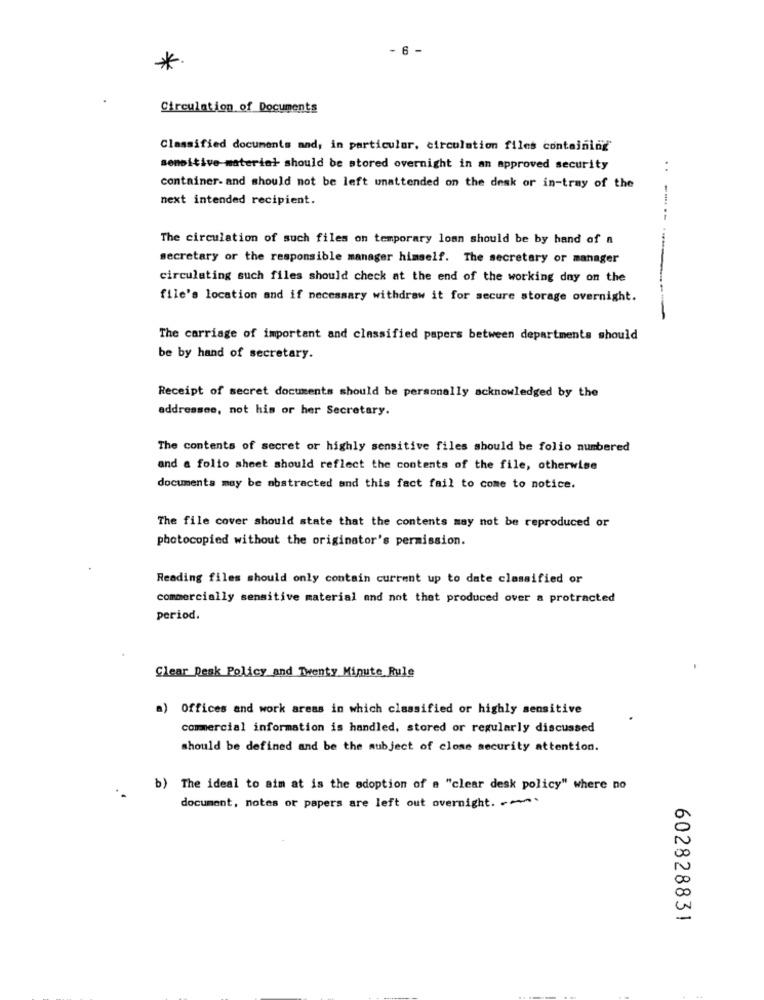
- 6 -
*
Circulation of Documents
Classified documents and, in particular, circulation files containing
sensitive-material should be stored overnight in an approved security
. .
container- and should not be left unattended on the desk or in-tray of the
next intended recipient.
--
The circulation of such files on temporary loan should be by hand of a
secretary or the responsible manager himself. The secretary or manager
circulating such files should check at the end of the working day on the
file's location and if necessary withdraw it for secure storage overnight.
The carriage of important and classified papers between departments should
be by hand of secretary.
Receipt of secret documents should be personally acknowledged by the
addressee, not his or her Secretary.
The contents of secret or highly sensitive files should be folio numbered
and a folio sheet should reflect the contents of the file, otherwise
documents may be abstracted and this fact fail to come to notice.
The file cover should state that the contents may not be reproduced or
photocopied without the originator's permission.
Reading files should only contain current up to date classified or
commercially sensitive material and not that produced over a protracted
period.
Clear Reak Policy and Twenty Minute Rule
a)
Offices and work areas in which classified or highly sensitive
commercial information is handled, stored or regularly discussed
should be defined and be the subject of close security attention.
b) The ideal to aim at is the adoption of a "clear desk policy" where no
document, notes or papers are left out overnight. ~~
U
00
602828831